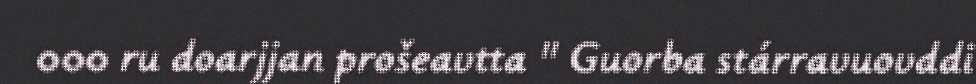
000 ru doarjjan prošeavtta " Guorba stárravuovddi